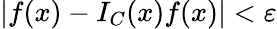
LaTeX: |f(x)-I_{C}(x)f(x)|<\varepsilon